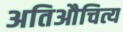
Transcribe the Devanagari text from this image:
अतिऔचित्य